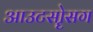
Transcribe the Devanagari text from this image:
आउटसोॄसग